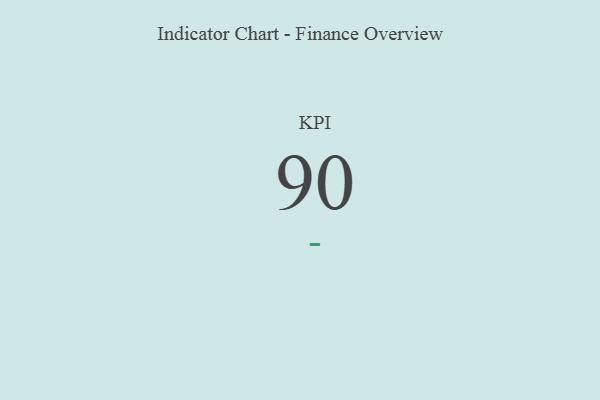
{"axis": {"x": "KPI", "y": "Value"}, "legend": [""], "data": [{"x": "KPI", "y": 90, "type": ""}]}